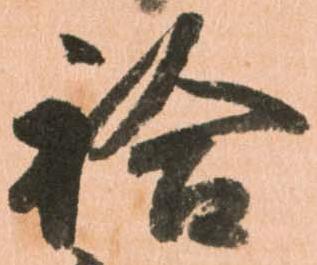
袷